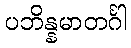
ပဘိန္နမာတင်္ဂါ